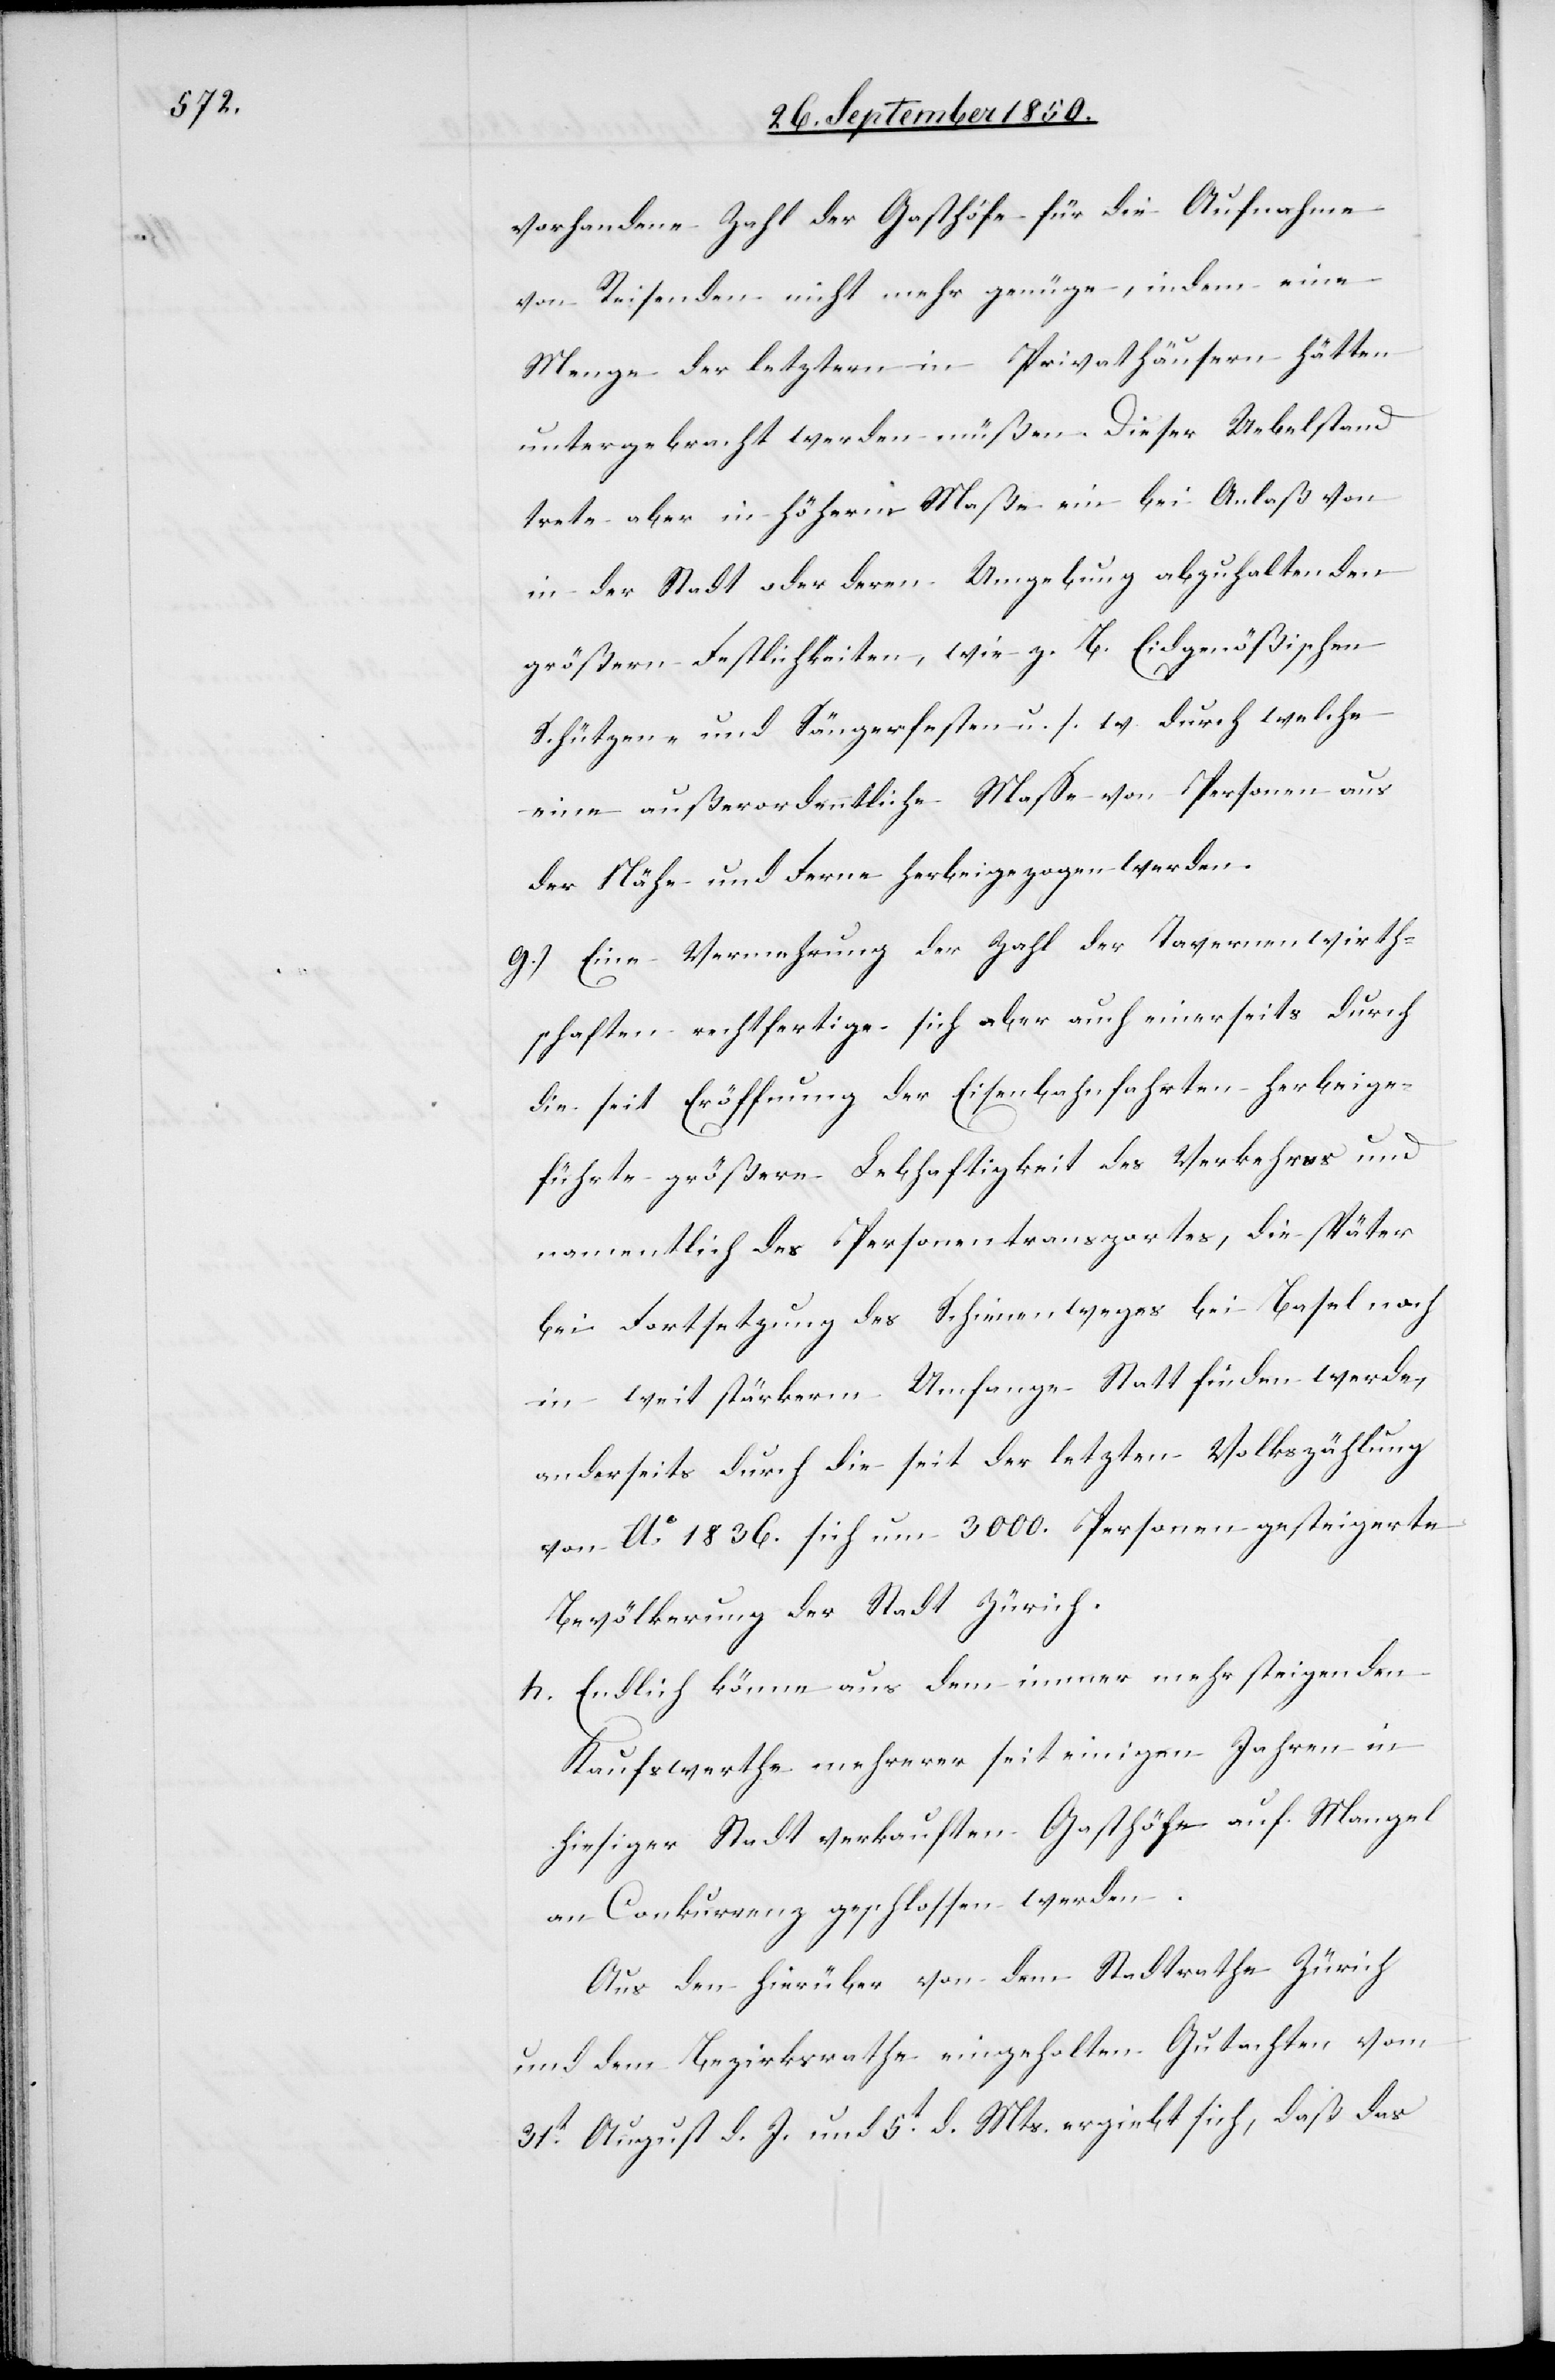
vorhandene Zahl der Gasthöfe für die Aufnahme
von Reisenden nicht mehr genüge, indem eine
Menge der letztern in Privathäusern hätten
untergebracht werden müßen. Dieser Uebelstand
trete aber in höherm Maße ein bei Anlaß von
in der Stadt oder deren Umgebung abzuhaltenden
größern Festlichkeiten, wie z. B. Eidgenößischen
Schützen- und Sängerfesten u. s. w. durch welche
eine außerordentliche Masse von Personen aus
der Nähe und Ferne herbeigezogen werden.
g.) Eine Vermehrung der Zahl der Tavernenwirth¬
schaften rechtfertige sich aber auch einerseits durch
die seit Eröffnung der Eisenbahnfahrten herbeige¬
führte größere Lebhaftigkeit des Verkehres und
namentlich des Personentransportes, die später
bei Fortsetzung des Schienenweges bei Basel noch
in weit stärkerm Umfange Statt finden werde,
anderseits durch die seit der letzten Volkszählung
von Ao. 1836. sich um 3000. Personen gesteigerte
Bevölkerung der Stadt Zürich.
h. Endlich könne aus dem immer mehr steigenden
Kaufswerthe mehrerer seit einigen Jahren in
hieisger Stadt verkauften Gasthöfe auf Mangel
an Conkurrenz geschlossen werden.
Aus den hierüber von dem Stadtrathe Zürich
und dem Bezirksrathe eingeholten Gutachten vom
31t August d. J. und 5t d. Mts. ergiebt sich, daß das